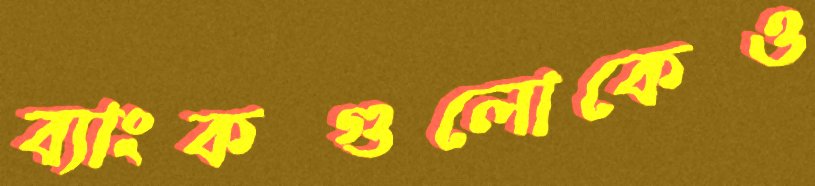
ব্যাংকগুলোকেও